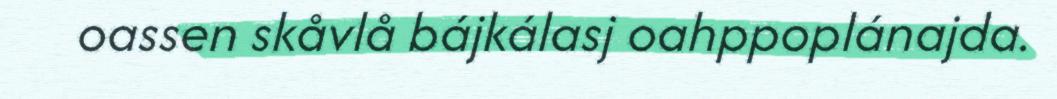
oassen skåvlå bájkálasj oahppoplánajda.